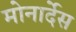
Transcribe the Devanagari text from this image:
मोनार्देस